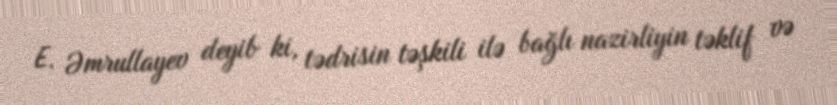
E. Əmrullayev deyib ki, tədrisin təşkili ilə bağlı nazirliyin təklif və